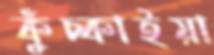
কুঁচ্‌কাইয়া